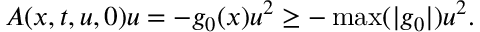
A ( x , t , u , 0 ) u = - g _ { 0 } ( x ) u ^ { 2 } \geq - \operatorname* { m a x } ( | g _ { 0 } | ) u ^ { 2 } .